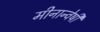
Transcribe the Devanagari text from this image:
मीनान्वेषी